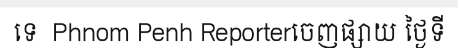
ទេ  Phnom Penh Reporterចេញផ្សាយ ថ្ងៃទី